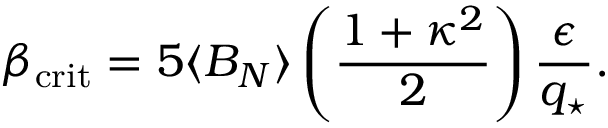
\beta _ { \mathrm { c r i t } } = 5 \langle B _ { N } \rangle \left( { \frac { 1 + \kappa ^ { 2 } } { 2 } } \right) { \frac { \epsilon } { q _ { \star } } } .